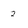
Character: 2